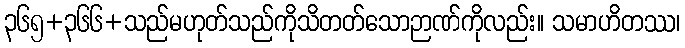
၃၆၅+၃၆၆+သည်မဟုတ်သည်ကိုသိတတ်သောဉာဏ်ကိုလည်း။ သမာဟိတဿ၊